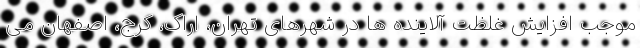
موجب افزایش غلظت آلاینده ها در شهرهای تهران، اراک، کرج، اصفهان می